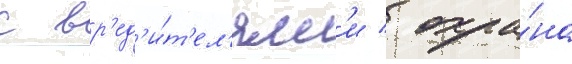
с вр'ед'и́т'ел'ям'и / охра́на